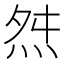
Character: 𭴝